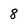
Character: 8